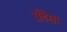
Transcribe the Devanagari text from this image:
ग्रैंडेसा